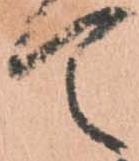
て